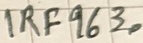
Text: IRF9630